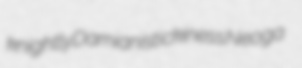
knightly Damianist ickiness Neoga